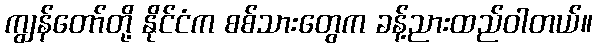
ကျွန်တော်တို့ နိုင်ငံက စစ်သားတွေက ခန့်ညားထည်ဝါတယ်။